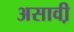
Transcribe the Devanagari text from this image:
असावी़